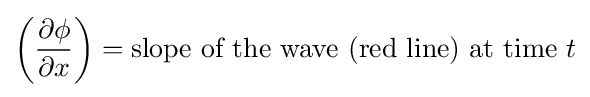
\left({\frac {\partial \phi }{\partial x}}\right)={\text{slope of the wave (red line) at time }}t